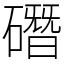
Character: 䃡